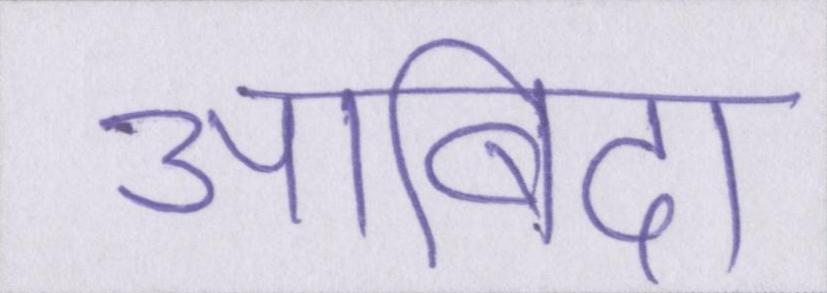
आबिदा